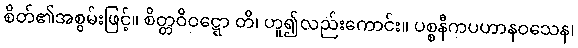
စိတ်၏အစွမ်းဖြင့်။ စိတ္တဝိဝဋ္ဋော တိ၊ ဟူ၍လည်းကောင်း။ ပစ္စနီကပဟာနဝသေန၊